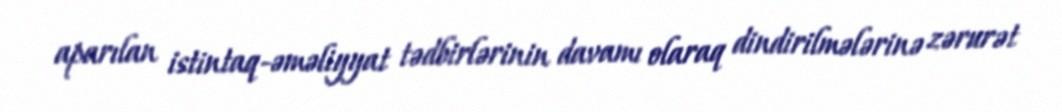
aparılan istintaq-əməliyyat tədbirlərinin davamı olaraq dindirilmələrinə zərurət